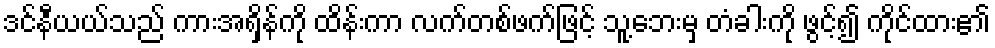
ဒင်နီယယ်သည် ကားအရှိန်ကို ထိန်းကာ လက်တစ်ဖက်ဖြင့် သူ့ဘေးမှ တံခါးကို ဖွင့်၍ ကိုင်ထား၏